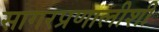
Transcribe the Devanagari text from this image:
सागरप्रणालीशी